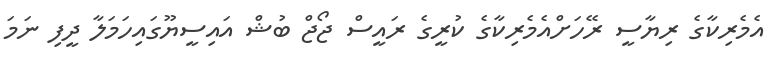
އެމެރިކާގެ ރިޔާސީ ރޭހަށްއެމެރިކާގެ ކުރީގެ ރައީސް ޖޯޖް ބުޝް އައިސީޔޫގައިހަމަލާ ދީފި ނަމަ